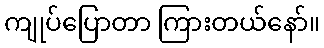
ကျုပ်ပြောတာ ကြားတယ်နော်။